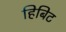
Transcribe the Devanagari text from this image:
हिबिट